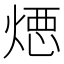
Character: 𱫣